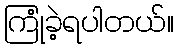
ကြုံခဲ့ရပါတယ်။